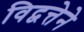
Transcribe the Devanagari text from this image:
विद्वत्तेने